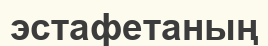
эстафетаның